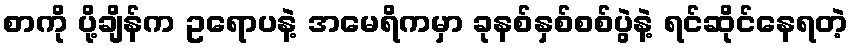
စာကို ပို့ချိန်က ဥရောပနဲ့ အမေရိကမှာ ခုနစ်နှစ်စစ်ပွဲနဲ့ ရင်ဆိုင်နေရတဲ့